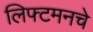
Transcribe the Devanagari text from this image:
लिफ्टमनचे